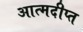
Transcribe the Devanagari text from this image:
आत्मदीप्त